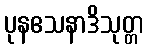
ပုနဧသနာဒိသုတ္တ